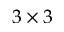
3 \times 3